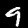
Digit: 9